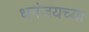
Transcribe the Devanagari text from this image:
धनंजयच्या